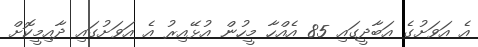
އެ އަވަށުގެ އަބާދީގައި 85 އެއްހާ މީހުން އުޅޭއިރު އެ އަވަށުގައި ދާއިމީކޮށް